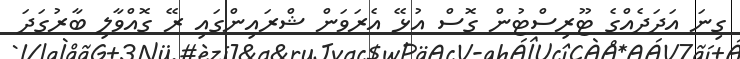
ގިނަ އަދަދެއްގެ ޓޫރިސްޓުން ގޮސް އުޅޭ އެރަވަން ޝްރައިންގައި ރޭ ގޮއްވާލި ބާރުގަދަ